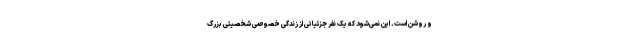
و روشن است. این نمی‌شود که یک نفر جزئیاتی از زندگی خصوصی شخصیتی بزرگ